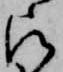
被